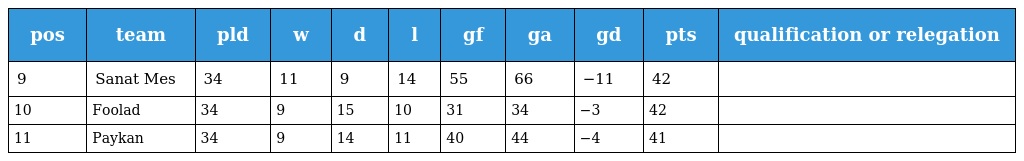
| pos | team | pld | w | d | l | gf | ga | gd | pts | qualification or relegation |
 | --- | --- | --- | --- | --- | --- | --- | --- | --- | --- | --- |
 | 9 | Sanat Mes | 34 | 11 | 9 | 14 | 55 | 66 | −11 | 42 |  |
 | 10 | Foolad | 34 | 9 | 15 | 10 | 31 | 34 | −3 | 42 |  |
 | 11 | Paykan | 34 | 9 | 14 | 11 | 40 | 44 | −4 | 41 |  |